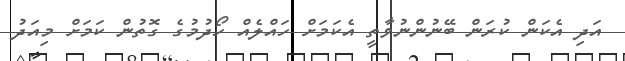
އަދި އެކަން ކުރަން ބޭނުންނުވާތީ އެކަމަށް ހައްލެއް ހޯދުމުގެ ގޮތުން ކަމަށް މިއަދު